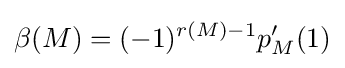
\beta (M)=(-1)^{r(M)-1}p_{M}'(1)